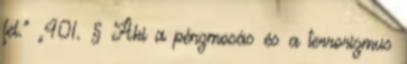
fel.” „401. § Aki a pénzmosás és a terrorizmus